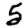
Digit: 5